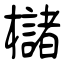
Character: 櫧